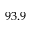
9 3 . 9